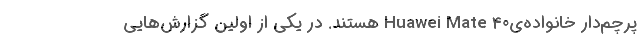
پرچم‌دار خانواده‌ی40 Huawei Mate هستند. در یکی از اولین گزارش‌هایی